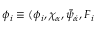
\phi _ { i } \equiv ( \phi _ { i } , \chi _ { \alpha } , \bar { \psi } _ { \dot { \alpha } } , F _ { i }